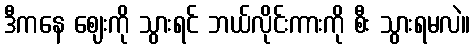
ဒီကနေ ဈေးကို သွားရင် ဘယ်လိုင်းကားကို စီး သွားရမလဲ။